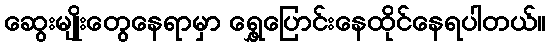
ဆွေးမျိုးတွေနေရာမှာ ရွှေ့ပြောင်းနေထိုင်နေရပါတယ်။